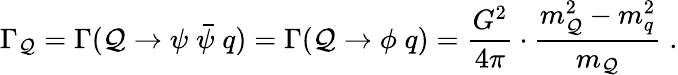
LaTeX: \Gamma_{\mathcal{Q}}=\Gamma(\mathcal{Q}\to\psi\; {\bar{{\psi}}}\; q)=\Gamma(\mathcal{Q}\to\phi\; q)=\frac{{G^{2}}}{{4\pi}}\cdot\frac{{m_{\mathcal{Q}}^{2}-m_{q}^{2}}}{{m_{\mathcal{Q}}}}\; .